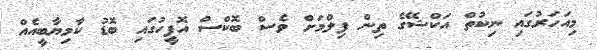
މިއަހަރުގައި ނިކުތް އަކްޝޭގެ ތިން ފިލްމަށް ވެސް ބޮކްސް އޮފީހުގައި ބޮޑު ކާމިޔާބީއެއް